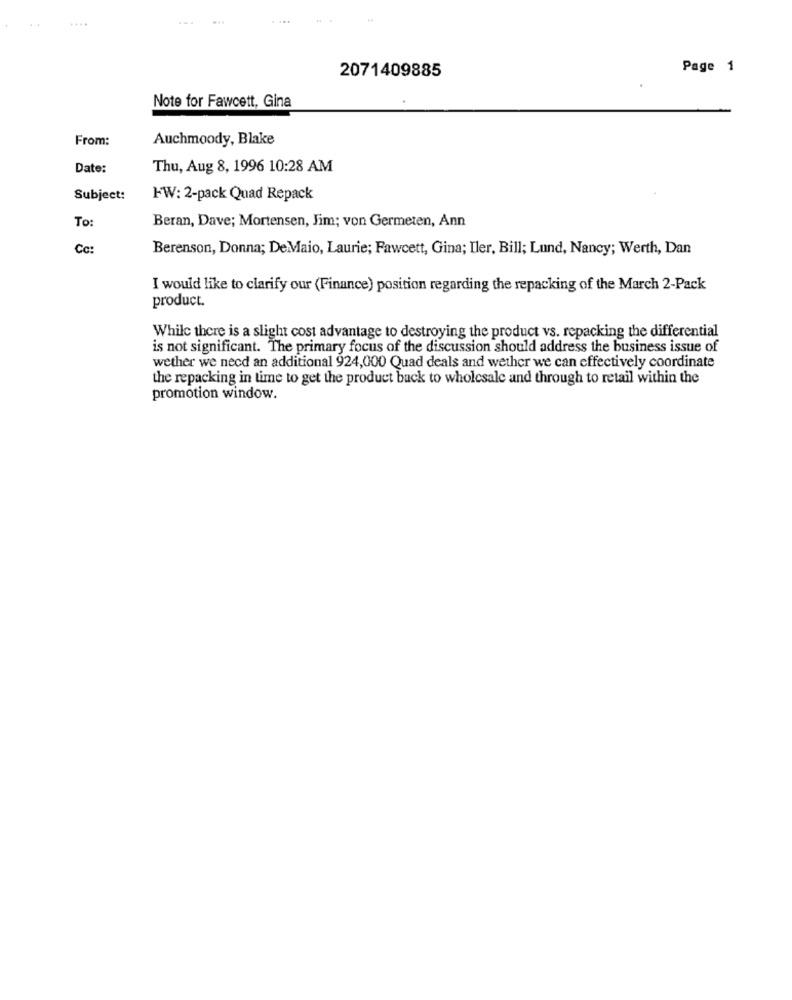
2071409885
Page 1
Note for Fawcett, Gina
From:
Auchmoody, Blake
Date:
Thu, Aug 8, 1996 10:28 AM
Subject:
FW: 2-pack Quad Repack
To:
Beran, Dave; Mortensen, Jim; von Germeten, Ann
Cc:
Berenson, Donna; DeMaio, Laurie; Fawcett, Gina; Iler, Bill; Lund, Nancy; Werth, Dan
I would like to clarify our (Finance) position regarding the repacking of the March 2-Pack
product.
While there is a slight cost advantage to destroying the product vs. repacking the differential
is not significant. The primary focus of the discussion should address the business issue of
wether we need an additional 924,000 Quad deals and wether we can effectively coordinate
the repacking in time to get the product back to wholesale and through to retail within the
promotion window.